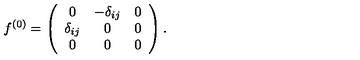
f ^ { ( 0 ) } = \left( \begin{array} { c c c } { 0 } & { - \delta _ { i j } } & { 0 } \\ { \delta _ { i j } } & { 0 } & { 0 } \\ { 0 } & { 0 } & { 0 } \\ \end{array} \right) .